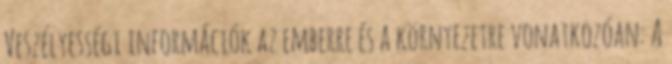
Veszélyességi információk az emberre és a környezetre vonatkozóan: A